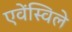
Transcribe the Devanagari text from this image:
एवेंस्विले